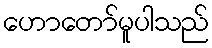
ဟောတော်မူပါသည်